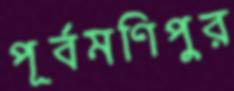
পূর্বমণিপুর